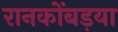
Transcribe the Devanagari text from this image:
रानकोंबड़या